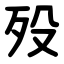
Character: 殁